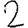
Digit: 2